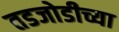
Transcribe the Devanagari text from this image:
तडजोडीच्या